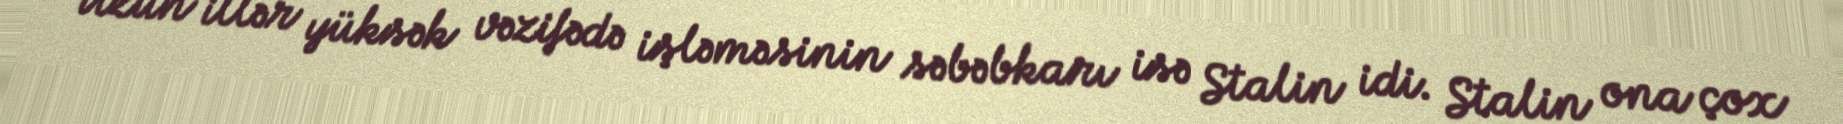
Uzun illər yüksək vəzifədə işləməsinin səbəbkarı isə Stalin idi. Stalin ona çox